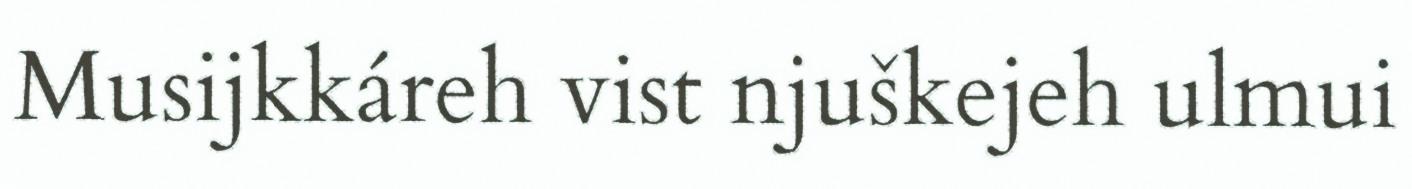
Musijkkáreh vist njuškejeh ulmui